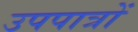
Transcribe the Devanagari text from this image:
उपपात्रों